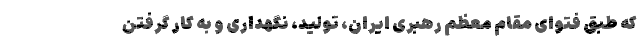
که طبق فتوای مقام معظم رهبری ایران، تولید، نگهداری و به کار گرفتن